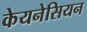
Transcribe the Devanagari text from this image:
केयनेसियन